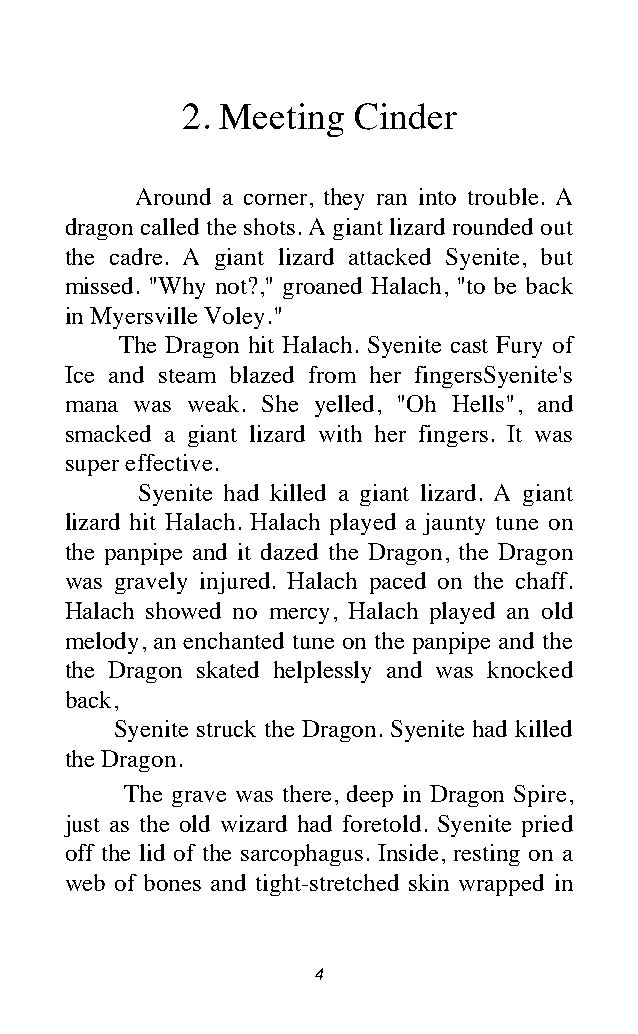
2. Meeting Cinder
 Around a corner, they ran into trouble. A
 dragon called the shots. A giant lizard rounded out
 the cadre. A giant lizard attacked Syenite, but
 missed. "Why not?," groaned Halach, "to be back
 in Myersville Voley."
 The Dragon hit Halach. Syenite cast Fury of
 Ice and steam blazed from her fingersSyenite's
 mana was weak. She yelled, "Oh Hells", and
 smacked a giant lizard with her fingers. It was
 super effective.
 Syenite had killed a giant lizard. A giant
 lizard hit Halach. Halach played a jaunty tune on
 the panpipe and it dazed the Dragon, the Dragon
 was gravely injured. Halach paced on the chaff.
 Halach showed no mercy, Halach played an old
 melody, an enchanted tune on the panpipe and the
 the Dragon skated helplessly and was knocked
 back,
 Syenite struck the Dragon. Syenite had killed
 the Dragon.
 The grave was there, deep in Dragon Spire,
 just as the old wizard had foretold. Syenite pried
 off the lid of the sarcophagus. Inside, resting on a
 web of bones and tight-stretched skin wrapped in
 4